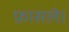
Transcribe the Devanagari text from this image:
फ़ासले।